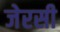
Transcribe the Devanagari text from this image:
जेरसी